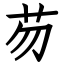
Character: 芴